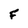
Character: F